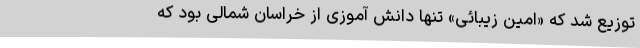
توزیع شد که «امین زیبائی» تنها دانش آموزی از خراسان شمالی بود که